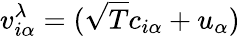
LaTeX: v_{i\alpha}^{\lambda}=(\sqrt{T}c_{i\alpha}+u_{\alpha})